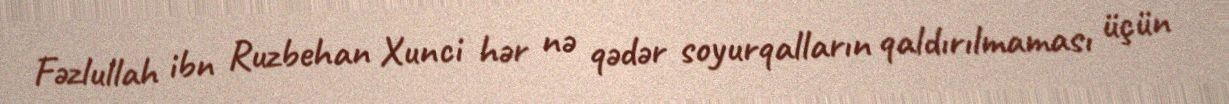
Fəzlullah ibn Ruzbehan Xunci hər nə qədər soyurqalların qaldırılmaması üçün